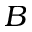
B